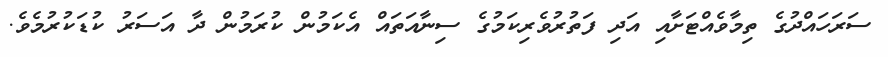
ސަރަހައްދުގެ ތިމާވެއްޓަށާއި އަދި ފަތުރުވެރިކަމުގެ ސިނާއަތައް އެކަމުން ކުރަމުން ދާ އަސަރު ކުޑަކުރުމެވެ.